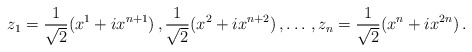
\begin{align*}z_{1} = \frac{1}{\sqrt{2}}( x^{1} + ix^{n+1}) \, , \frac{1}{\sqrt{2}}( x^{2} + ix^{n+2}) \, , \dots \, , z_{n} = \frac{1}{\sqrt{2}}( x^{n} + ix^{2n}) \, .\end{align*}